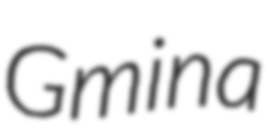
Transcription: Gmina